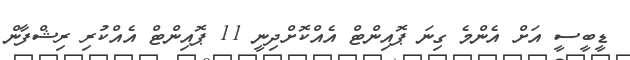
ޑީބީސީ އަށް އެންމެ ގިނަ ޕޮއިންޓް އެއްކޮށްދިނީ 11 ޕޮއިންޓް އެއްކުރި ރިޝްފާން